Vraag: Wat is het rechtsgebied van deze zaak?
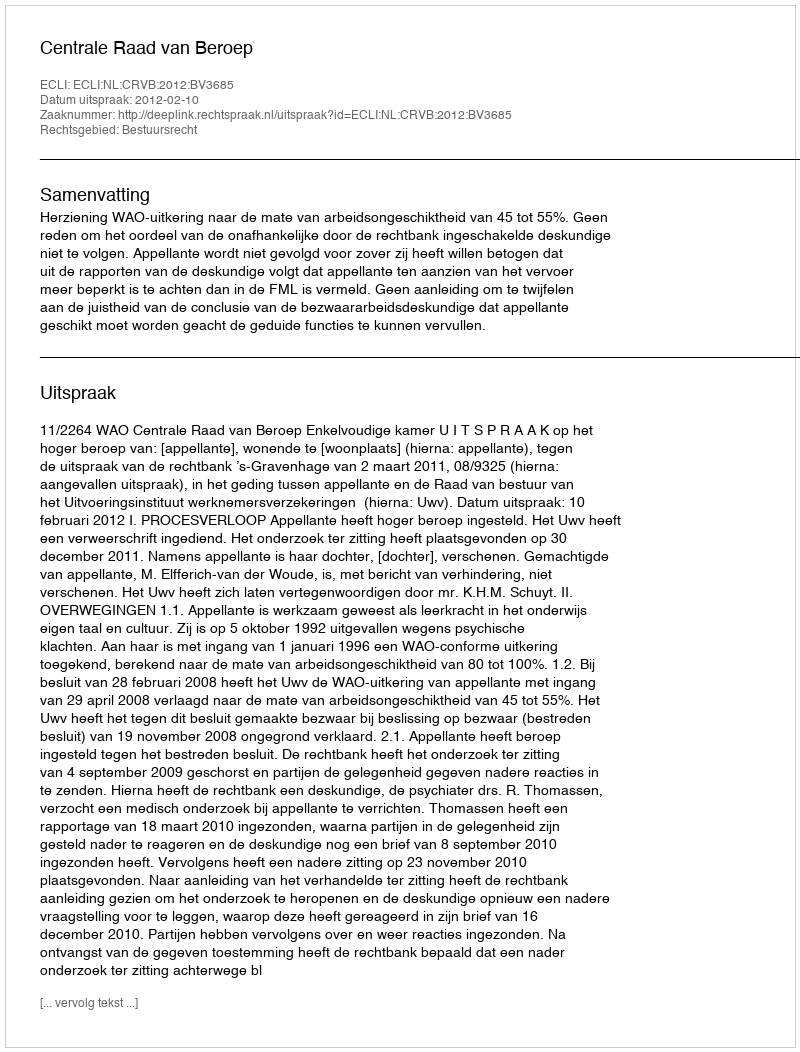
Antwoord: Bestuursrecht